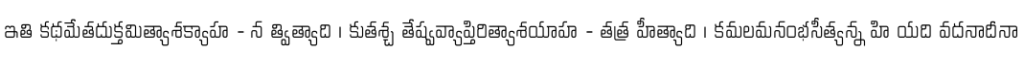
ఇతి కథమేతదుక్తమిత్యాశక్యాహ - న త్విత్యాది । కుతశ్చ తేష్వవ్యాప్తిరిత్యాశయాహ - తత్ర హీత్యాది । కమలమనంభసీత్యన్న హి యది వదనాదీనా